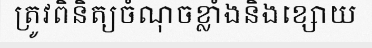
ត្រូវពិនិត្យចំណុចខ្លាំងនិងខ្សោយ